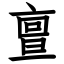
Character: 亶